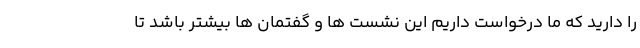
را دارید که ما درخواست داریم این نشست ها و گفتمان ها بیشتر باشد تا